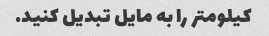
کیلومتر را به مایل تبدیل کنید.